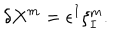
LaTeX: \delta X ^ { m } = \epsilon ^ { I } \xi _ { I } ^ { m } .